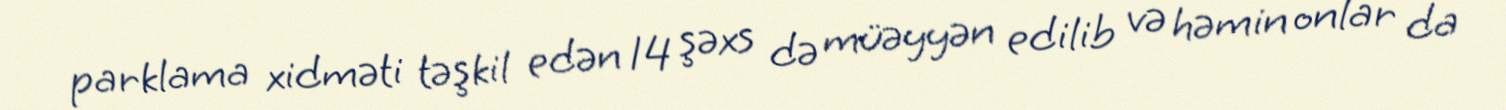
parklama xidməti təşkil edən 14 şəxs də müəyyən edilib və həmin onlar da